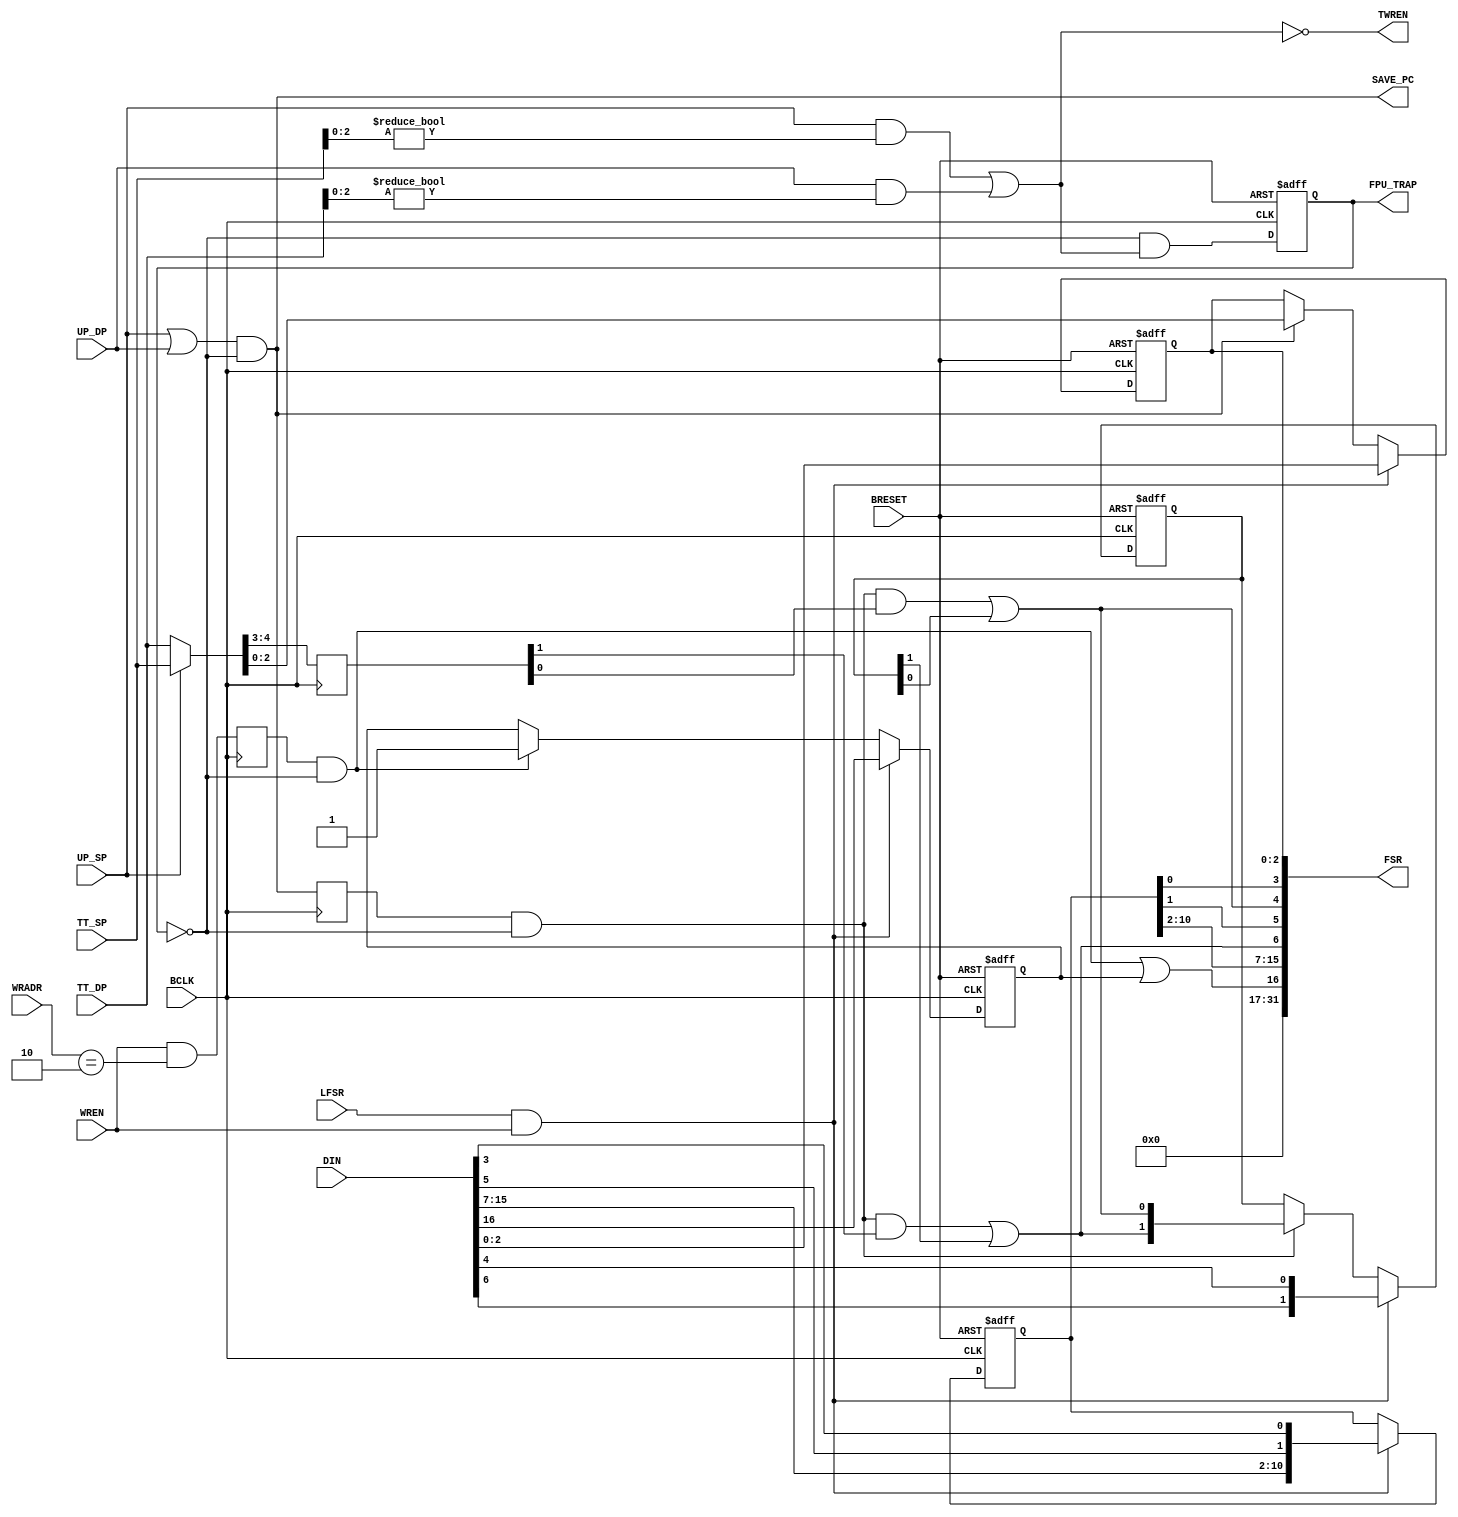
module FP_STAT_REG ( BCLK, BRESET, LFSR, UP_SP, UP_DP, TT_SP, TT_DP, WREN, WRADR, DIN, FSR, TWREN, FPU_TRAP, SAVE_PC);
	input			BCLK;
	input			BRESET;
	input			LFSR;	
	input			UP_SP,UP_DP;	
	input 	 [4:0]	TT_SP,TT_DP;
	input			WREN;	
	input	 [5:4]	WRADR;
	input 	[16:0] 	DIN;	
	output	[31:0] 	FSR;
	output			TWREN;
	output	reg		FPU_TRAP;
	output			SAVE_PC;
	reg		 [4:3]	trap_d;
	reg				update_d;
	reg				set_rm_d;
	reg		[10:0]	set_bits;
	reg		 [4:0]	flags;
	reg				rm_bit;
	wire			load_fsr;
	wire			update,update_i;
	wire	 [4:0]	trap;
	wire			uflag,iflag,rmflag;
	assign load_fsr = LFSR & WREN;
	assign trap = UP_SP ? TT_SP : TT_DP;
	assign TWREN = ~((UP_SP & (TT_SP[2:0] != 3'b0)) | (UP_DP & (TT_DP[2:0] != 3'b0)));
	always @(posedge BCLK or negedge BRESET)
		if (!BRESET) FPU_TRAP <= 1'b0;
		  else FPU_TRAP <= ~FPU_TRAP & ~TWREN;	
	assign update_i = (UP_SP | UP_DP) & ~FPU_TRAP;	
	always @(posedge BCLK) update_d	<= update_i;
	always @(posedge BCLK) trap_d	<= trap[4:3];
	always @(posedge BCLK) set_rm_d	<= WREN & (WRADR == 2'b10);
	assign update = update_d & ~FPU_TRAP;
	assign iflag  = (update & trap_d[4]) | flags[4];	
	assign uflag  = (update & trap_d[3]) | flags[3];	
	assign rmflag = (set_rm_d & ~FPU_TRAP) | rm_bit;	
	always @(posedge BCLK or negedge BRESET)
		if (!BRESET) flags[4:3] <= 2'b0;	
		  else
		  begin
			if (load_fsr) flags[4:3] <= {DIN[6],DIN[4]};
			  else
				if (update) flags[4:3] <= {iflag,uflag};
		  end
	always @(posedge BCLK or negedge BRESET)
		if (!BRESET) flags[2:0] <= 3'b0;	
		  else
		  begin
			if (load_fsr) flags[2:0] <= DIN[2:0];
			  else
				if (update_i) flags[2:0] <= trap[2:0];
		  end
	always @(posedge BCLK or negedge BRESET)
		if (!BRESET) rm_bit <= 1'b0;	
		  else
		  begin
			if (load_fsr) rm_bit <= DIN[16];
			  else
				if (set_rm_d & ~FPU_TRAP) rm_bit <= 1'b1;	
		  end
	always @(posedge BCLK or negedge BRESET)
		if (!BRESET) set_bits <= 11'b0;	
		  else
			if (load_fsr) set_bits <= {DIN[15:7],DIN[5],DIN[3]};
	assign FSR = {15'h0,rmflag,set_bits[10:2],iflag,set_bits[1],uflag,set_bits[0],flags[2:0]};
	assign SAVE_PC = (UP_SP | UP_DP) & ~FPU_TRAP;	
endmodule